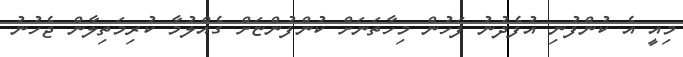
މިއީ އެ ކުންފުނި އުފެދުނު ފަހުން މިހާތަނަށް ކުންފުންޏަށް ގެއްލުމާ ކުރިމަތިލާން ޖެހުނު